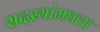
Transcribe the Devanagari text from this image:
सदस्यांमधला